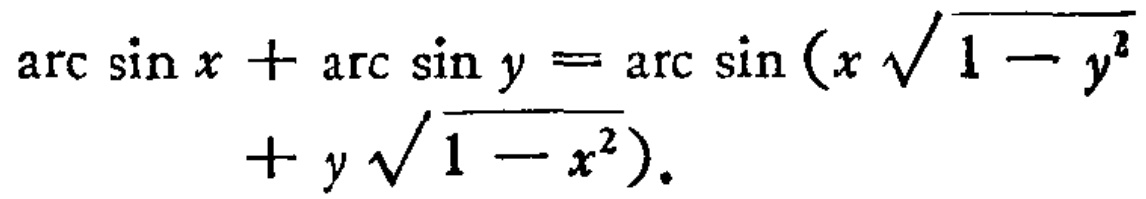
\(\arcsin x+\arcsin y=\arcsin(x\sqrt{1 - y^{2}}+y\sqrt{1 - x^{2}})\)